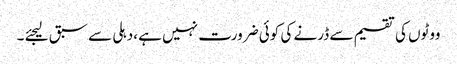
ووٹوں کی تقسیم سے ڈرنے کی کوئی ضرورت نہیں ہے ،دہلی سے سبق لیجئے ۔